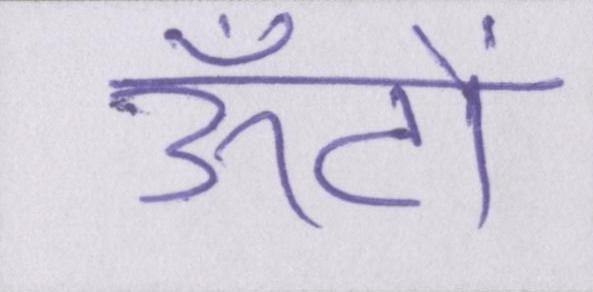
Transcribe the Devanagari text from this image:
ऊँटों